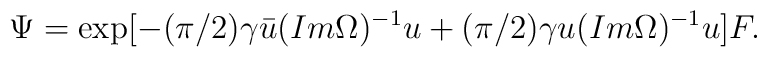
\Psi =\exp [-(\pi /2)\gamma \bar u(Im \Omega )^{-1}u+(\pi /2)\gamma u (Im \Omega )^{-1}u ]F.